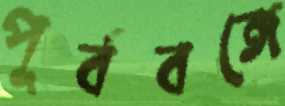
পূর্ববঙ্গে